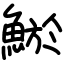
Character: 鯲